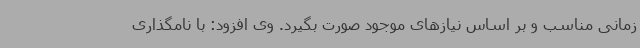
زمانی مناسب و بر اساس نیازهای موجود صورت بگیرد. وی افزود: با نامگذاری